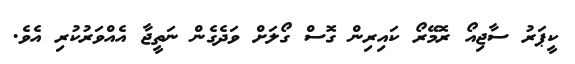
ކީޕަރު ސާޖިއޯ ރޮމޭރޯ ކައިރިން ގޮސް ގޯލަށް ވަދެގެން ނަތީޖާ އެއްވަރުކުރި އެވެ.